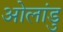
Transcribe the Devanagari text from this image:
ओलांडु